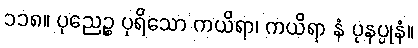
၁၁၈။ ပုညေဉ္စ ပုရိသော ကယိရာ၊ ကယိရာ နံ ပုနပ္ပုနံ။